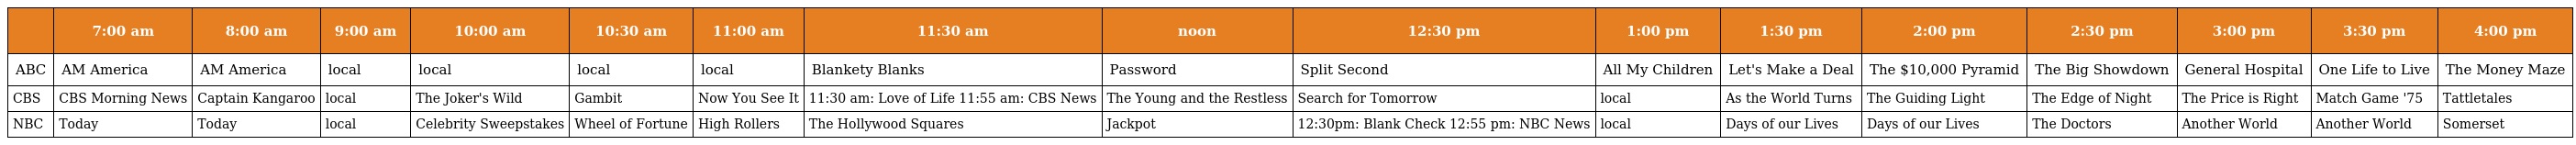
|  | 7:00 am | 8:00 am | 9:00 am | 10:00 am | 10:30 am | 11:00 am | 11:30 am | noon | 12:30 pm | 1:00 pm | 1:30 pm | 2:00 pm | 2:30 pm | 3:00 pm | 3:30 pm | 4:00 pm |
 | --- | --- | --- | --- | --- | --- | --- | --- | --- | --- | --- | --- | --- | --- | --- | --- | --- |
 | ABC | AM America | AM America | local | local | local | local | Blankety Blanks | Password | Split Second | All My Children | Let's Make a Deal | The $10,000 Pyramid | The Big Showdown | General Hospital | One Life to Live | The Money Maze |
 | CBS | CBS Morning News | Captain Kangaroo | local | The Joker's Wild | Gambit | Now You See It | 11:30 am: Love of Life 11:55 am: CBS News | The Young and the Restless | Search for Tomorrow | local | As the World Turns | The Guiding Light | The Edge of Night | The Price is Right | Match Game '75 | Tattletales |
 | NBC | Today | Today | local | Celebrity Sweepstakes | Wheel of Fortune | High Rollers | The Hollywood Squares | Jackpot | 12:30pm: Blank Check 12:55 pm: NBC News | local | Days of our Lives | Days of our Lives | The Doctors | Another World | Another World | Somerset |